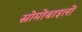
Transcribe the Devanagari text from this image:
स्नोमोबाइलों